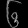
Digit: ၆